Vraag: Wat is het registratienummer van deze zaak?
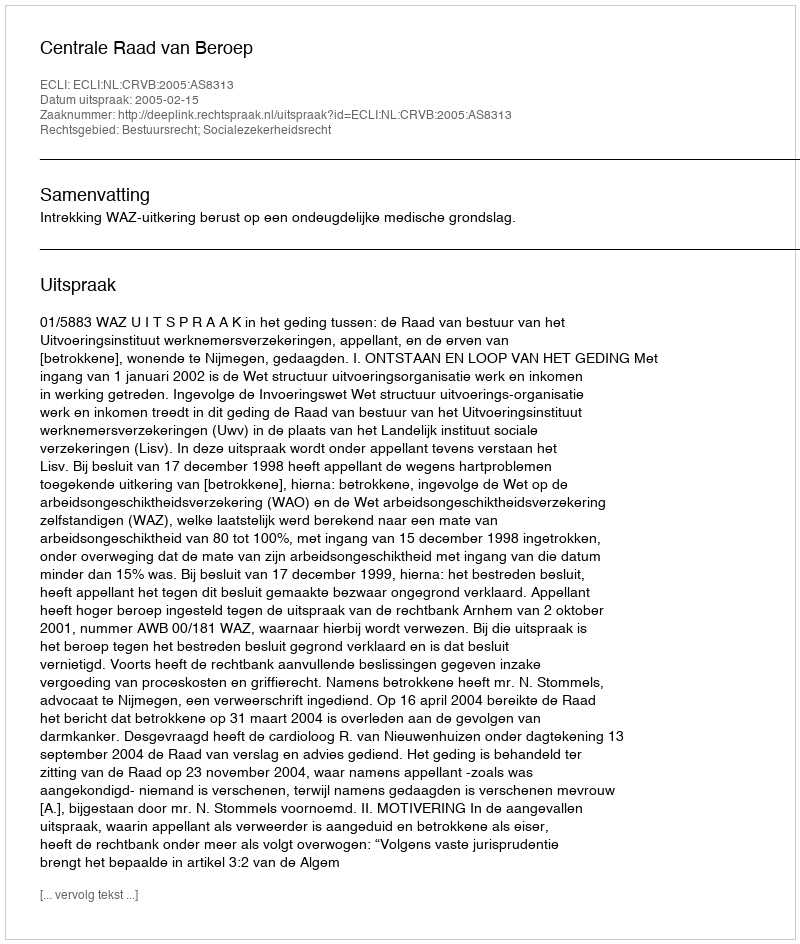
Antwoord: http://deeplink.rechtspraak.nl/uitspraak?id=ECLI:NL:CRVB:2005:AS8313